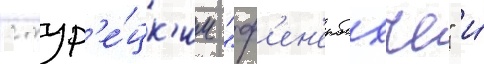
с тур'е́цк'им "ф'ен'ербахче" и́